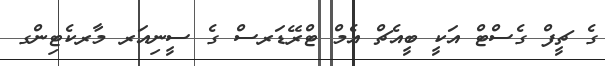
ގެ ޗީފް ގެސްޓް އަކީ ބީއެޗް އެމް ޓްރޭޑަރސް ގެ ސީނިއަރ މާރކެޓިންގ